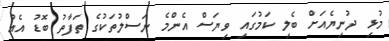
މުޅި ދުނިޔެއަށް ބެލި ކަމުގައި ވިޔަސް އެންމެ ނަސްލުތަކުގެ ތަފާތު ބޮޑު އެއް